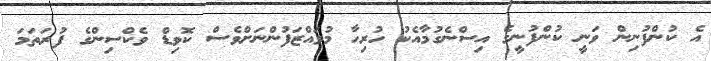
އެ ކުންފުނިން ވަނީ ކުންފުނީގެ އިސްނެގުމާއެކު ހުރިހާ މުވައްޒަފުންނަށްވެސް ކޮވިޑް ވެކްސިންގެ ފުރަތަމަ